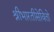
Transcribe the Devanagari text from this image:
श्रीभारतीसेवितो